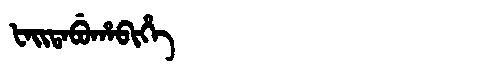
Manchu: ᡶᠠᡳᡨᠠᠪᡠᡥᠠᠪᡳᡥᡝ
Romanization: FAITABUHABIHE